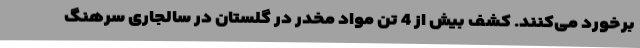
برخورد می‌کنند. کشف بیش از 4 تن مواد مخدر در گلستان در سالجاری سرهنگ